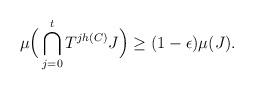
LaTeX: \begin{align*}\mu\Big(\bigcap_{j=0}^{t}T^{jh(C)}J\Big) \geq (1-\epsilon)\mu(J).\end{align*}